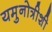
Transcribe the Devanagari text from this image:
यमुनोत्रीशी